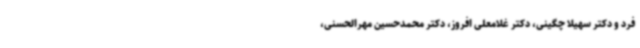
فرد و دکتر سهیلا چگینی، دکتر غلامعلی افروز، دکتر محمدحسین مهرالحسنی،